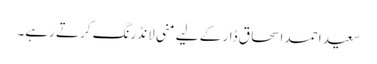
سعید احمد اسحاق ڈار کے لیے منی لانڈرنگ کرتے رہے۔